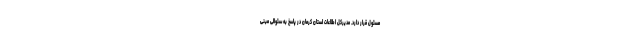
مسئول قرار دارد. مدیرکل اطلاعات استان کرمان در پاسخ به سئوالی مبنی